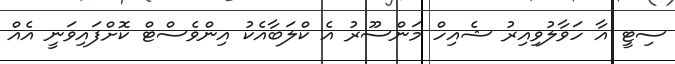
ސިޓީ އާ ހަވާލުވިއިރު ޝެއިހް މަންސޫރު އެ ކްލަބާއެކު އިންވެސްޓް ކޮށްފައިވަނީ އެއް